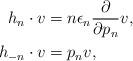
LaTeX: \begin{align*}h_n\cdot v&=n\epsilon_n\frac{\partial}{\partial p_{n}}v,\\h_{-n}\cdot v&=p_{n}v,\end{align*}